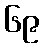
၆၉